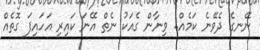
ނޭނގެ ދެވޭނެ ކަމެއް.. ވިނާން ގެއަކު ނެތް އޭނަ ކައިރި އަހައިފަ ގޮތެއް